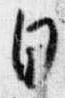
日